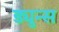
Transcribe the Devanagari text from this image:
ड्युन्स